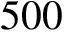
5 0 0